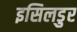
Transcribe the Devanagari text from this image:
इसिलडुर